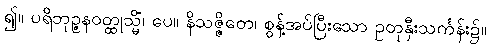
၍။ ပရိဘုဉ္ဇနဝတ္ထုသ္မိံ၊ ပေ။ နိသဇ္ဇိတေ၊ စွန့်အပ်ပြီးသော ဥတုနှီးသင်္ကန်း၌။